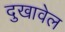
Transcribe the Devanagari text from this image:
दुखावेल